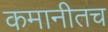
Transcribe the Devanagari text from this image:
कमानीतच